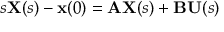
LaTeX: s \mathbf { X } ( s ) - \mathbf { x } ( 0 ) = \mathbf { A } \mathbf { X } ( s ) + \mathbf { B } \mathbf { U } ( s )